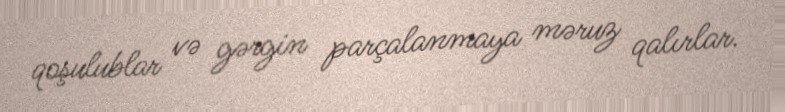
qoşulublar və gərgin parçalanmaya məruz qalırlar.